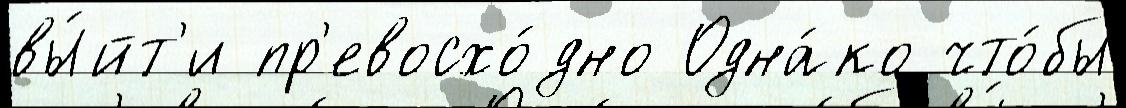
вы́йт'и пр'евосхо́дно Одна́ко что́бы